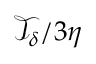
\mathcal { T } _ { \delta } / 3 \eta